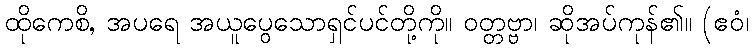
ထိုကေစိ, အပရေ အယူပွေသောရှင်ပင်တို့ကို။ ဝတ္တဗ္ဗာ၊ ဆိုအပ်ကုန်၏။ (ဧဝံ၊